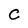
Character: C